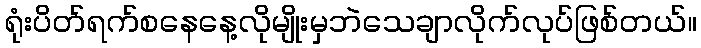
ရုံးပိတ်ရက်စနေနေ့လိုမျိုးမှဘဲသေချာလိုက်လုပ်ဖြစ်တယ်။